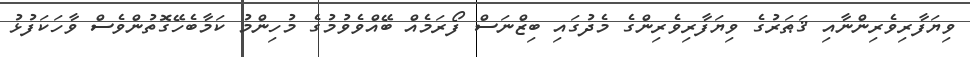
ވިޔަފާރިވެރިންނާއި ޤަޠަރުގެ ވިޔަފާރިވެރިންގެ މެދުގައި ބިޒްނަސް ފޯރަމެއް ބޭއްވެވުމުގެ މުހިންމު ކަމާބެހޭގޮތުންވެސް ވާހަކަފުޅު